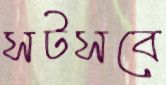
সটসবে